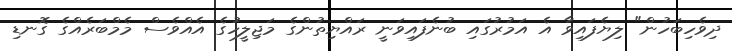
ދިވެހިބަހުން" ލިޔެފައިވާ އެ އަމުރުގައި ބުނެފައިވަނީ ރައްޔިތުންގެ މަޖިލީހުގެ އެއްވެސް މެމްބަރެއްގެ ގޮނޑި